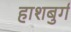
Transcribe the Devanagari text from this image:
हाशबुर्ग